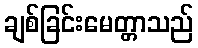
ချစ်ခြင်းမေတ္တာသည်